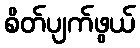
စိတ်ပျက်ဖွယ်